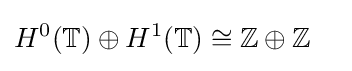
{\begin{aligned}H^{0}(\mathbb {T} )\oplus H^{1}(\mathbb {T} )&\cong \mathbb {Z} \oplus \mathbb {Z} \end{aligned}}